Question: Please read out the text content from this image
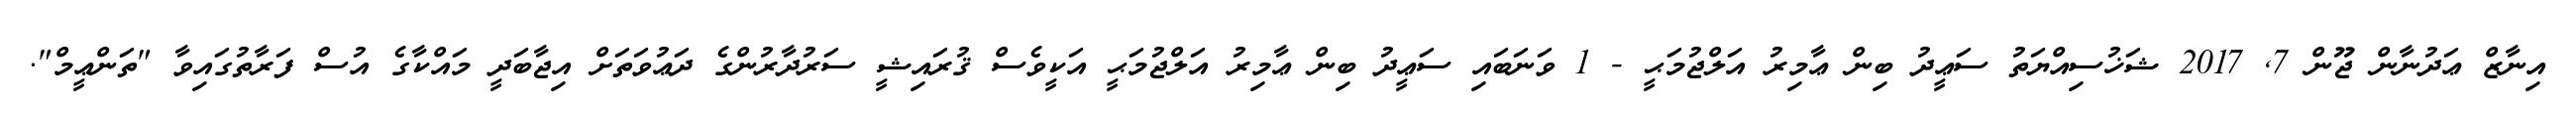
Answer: އިނާޒް ޢަދުނާން ޖޫން 7, 2017 ޝަޚުސިއްޔަތު ސަޢީދު ބިން ޢާމިރު އަލްޖުމަޙީ - 1 ވަނަބައި ސަޢީދު ބިން ޢާމިރު އަލްޖުމަޙީ އަކީވެސް ޤުރައިޝީ ސަރުދާރުންގެ ދަޢުވަތަށް އިޖާބަދީ މައްކާގެ އުސް ފަރާތުގައިވާ "ތަންޢީމް".